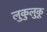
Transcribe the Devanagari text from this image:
लुकुलुकू